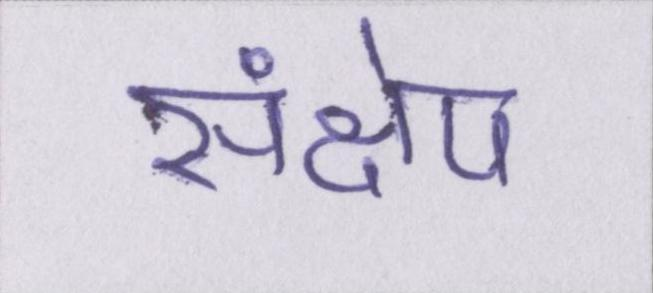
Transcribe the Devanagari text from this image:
संक्षेप